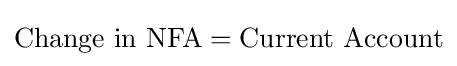
{\mbox{Change in NFA}}={\mbox{Current Account}}